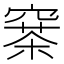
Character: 𥧣